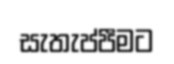
සැතැප්පීමට